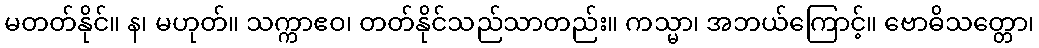
မတတ်နိုင်။ န၊ မဟုတ်။ သက္ကာဧဝ၊ တတ်နိုင်သည်သာတည်း။ ကသ္မာ၊ အဘယ်ကြောင့်။ ဗောဓိသတ္တော၊